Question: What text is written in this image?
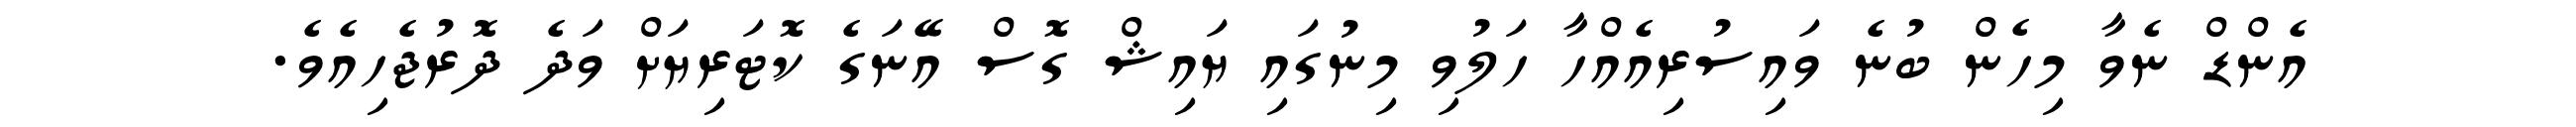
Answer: އެންޑް ނެވާ މިހެން ބުނެ ވައިސުރިއެއްހާ ހަލުވި މިނުގައި ޔައިޝް ގޮސް އޭނަގެ ކޮޓަރިޔަށް ވަދެ ދޮރުޖެހިއެވެ.